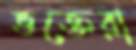
ভক্তেরা